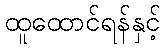
ထူထောင်ရန်နှင့်